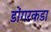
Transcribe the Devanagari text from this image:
डोंगरकडा